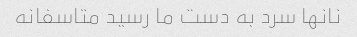
نانها سرد به دست ما رسید متاسفانه